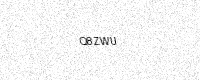
Text: Q8ZWU